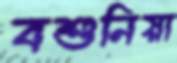
বশুনিয়া